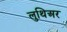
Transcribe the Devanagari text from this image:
लुथिअर